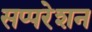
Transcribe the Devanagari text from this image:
सप्परेशन